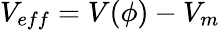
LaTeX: V_{eff}=V(\phi)-V_{m}